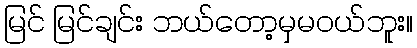
မြင် မြင်ချင်း ဘယ်တော့မှမဝယ်ဘူး။